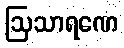
ဩသာရဏေ